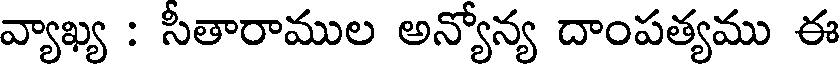
వ్యాఖ్య : సీతారాముల అన్యోన్య దాంపత్యము ఈ